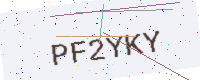
Text: PF2YKY